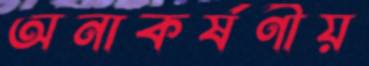
অনাকর্ষণীয়